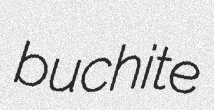
buchite